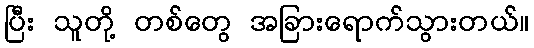
ပြီး သူတို့ တစ်တွေ အခြားရောက်သွားတယ်။